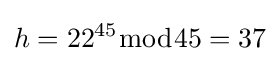
h=22^{45}{\bmod {4}}5=37